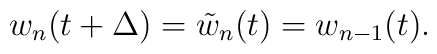
w_n (t + \Delta) = \tilde{w}_n (t) = w_{n-1} (t) .